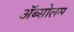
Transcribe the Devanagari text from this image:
अॅब्सोलम